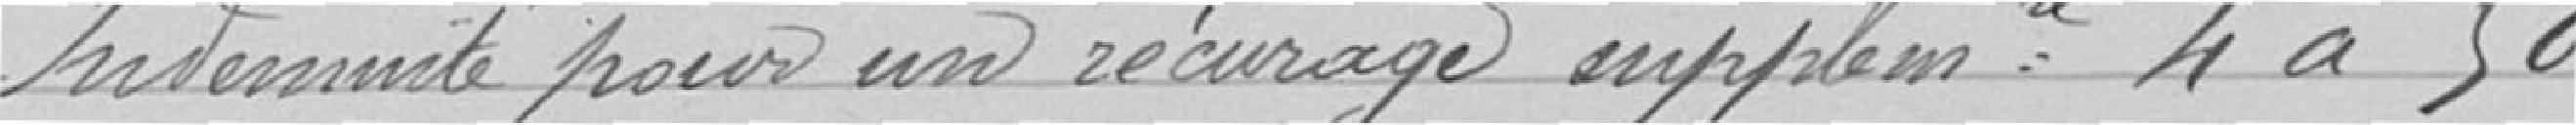
Indemnité pour un récurage supplémentaire 4 à 50